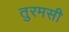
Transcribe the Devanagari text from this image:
तुरमसी